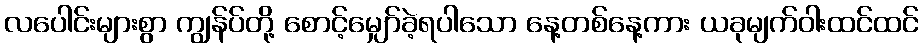
လပေါင်းများစွာ ကျွန်ပ်တို့ စောင့်မျှော်ခဲ့ရပါသော နေ့တစ်နေ့ကား ယခုမျက်ဝါးထင်ထင်